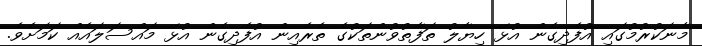
މާނަކުރުމުގައި އުފެދިގެން އުޅޭ ހިޔާލު ތަފާތުވުންތަކުގެ ތެރެއިން އުފެދިގެން އުޅޭ މައްސަލައެއް ކަމަށެވެ.